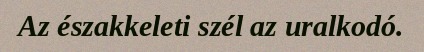
Az északkeleti szél az uralkodó.